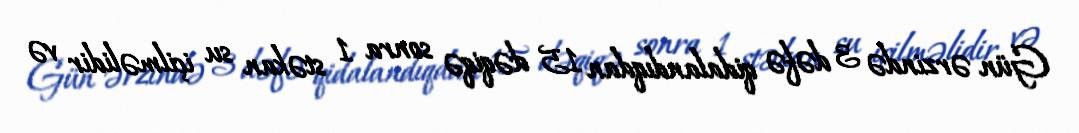
Gün ərzində 3 dəfə qidalandıqdan 15 dəqiqə sonra 1 stəkan su içilməlidir və